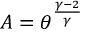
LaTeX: A = \theta ^ { \frac { \gamma - 2 } { \gamma } }